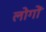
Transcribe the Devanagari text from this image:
लोगोंॱ